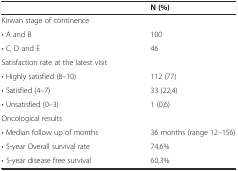
|  | N (%) |
 | --- | --- |
 | Kirwan stage of continence |  |
 | • A and B | 100 |
 | • C, D and E | 46 |
 | Satisfaction rate at the latest visit |  |
 | • Highly satisfied (8–10) | 112 (77) |
 | • Satisfied (4–7) | 33 (22,4) |
 | • Unsatisfied (0–3) | 1 (0,6) |
 | Oncological results |  |
 | • Median follow up of months | 36 months (range 12–156) |
 | • 5-year Overall survival rate | 74,6% |
 | • 5-year disease free survival | 60,3% |